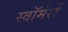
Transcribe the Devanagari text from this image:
स्वॉर्मरों